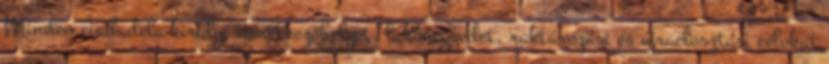
Minden ciudadela királyi temetkezőhelyet, lakónegyedet, raktározási és újraelosztási célokat